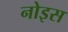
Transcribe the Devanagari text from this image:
नोइस